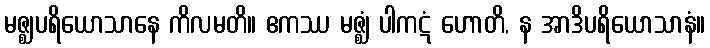
မဇ္ဈပရိယောသာနေ ကိလမတိ။ ဧကဿ မဇ္ဈံ ပါကဋံ ဟောတိ, န အာဒိပရိယောသာနံ။